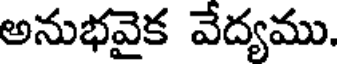
అనుభవైక వేద్యము.